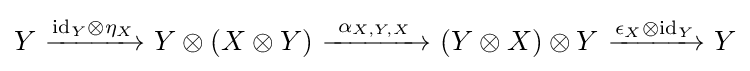
Y~{\xrightarrow {\mathrm {id} _{Y}\otimes \eta _{X}}}~Y\otimes (X\otimes Y)~{\xrightarrow {~\alpha _{X,Y,X}~}}~(Y\otimes X)\otimes Y~{\xrightarrow {\epsilon _{X}\otimes \mathrm {id} _{Y}}}~Y